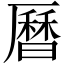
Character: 曆